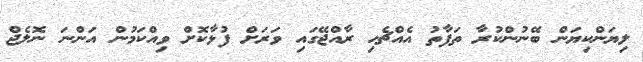
ލިޔަންކިޔަން ބޭނުންކުރާ ތަފާތު އެއްޗެހި ރާއްޖޭގައި ވަރަށް ފުޅާކޮށް ވިއްކަމުން އަންނަ ނޮލެޖް